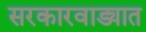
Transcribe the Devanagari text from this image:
सरकारवाड्यात